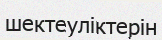
шектеуліктерін